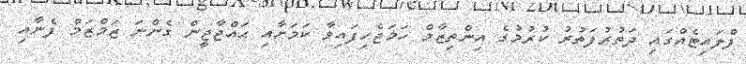
ފްލައިޓެއްގައި ދަތުރުފަތުރު ކުރުމުގެ އިންތިޒާމް ހަމަޖެހިފައިވާ ކަމަށާއި ޙައްޖާޖީން ގެންނަ ޒަމްޒަމް ފެނާއި